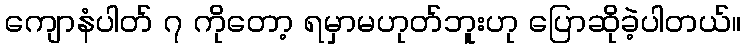
ကျောနံပါတ် ၇ ကိုတော့ ရမှာမဟုတ်ဘူးဟု ပြောဆိုခဲ့ပါတယ်။